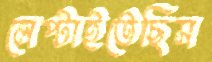
লেপ্‌টাইতেছিস